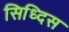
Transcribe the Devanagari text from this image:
सिध्दिस